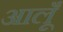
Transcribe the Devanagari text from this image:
आलूँ